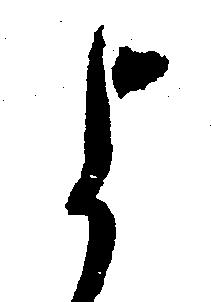
よ